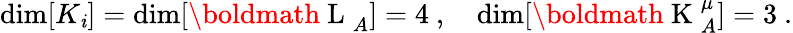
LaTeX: \dim[K_{\mathit{i}}]=\dim[\mathrm{{\boldmath~L~}}_{A}]=4\ ,\quad\dim[\mathrm{{\boldmath~K~}}_{A}^{\mu}]=3\ .